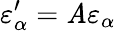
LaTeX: \varepsilon_{\alpha}^{\prime}=\mathit{A}\varepsilon_{\alpha}